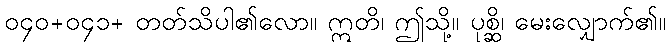
၀၄၀+၀၄၁+ တတ်သိပါ၏လော။ ဣတိ၊ ဤသို့။ ပုစ္ဆိ၊ မေးလျှောက်၏။